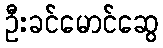
ဦးခင်မောင်ဆွေ